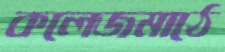
কলেজমাঠে